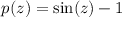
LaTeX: p ( z ) = \sin ( z ) - 1